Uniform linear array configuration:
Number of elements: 48
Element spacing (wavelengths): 1
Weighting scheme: exponential
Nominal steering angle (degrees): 15
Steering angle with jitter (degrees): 15.103
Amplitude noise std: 0.05
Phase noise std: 0.05

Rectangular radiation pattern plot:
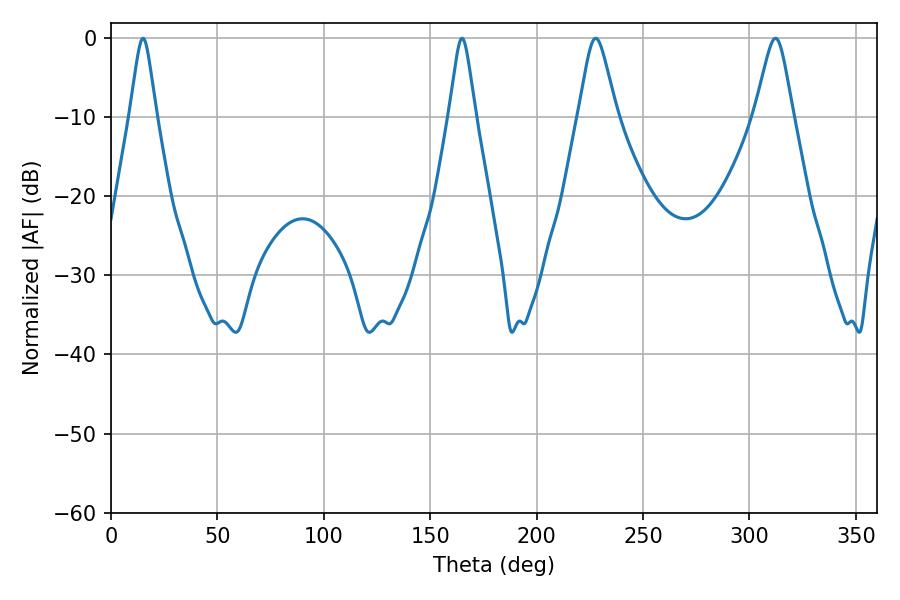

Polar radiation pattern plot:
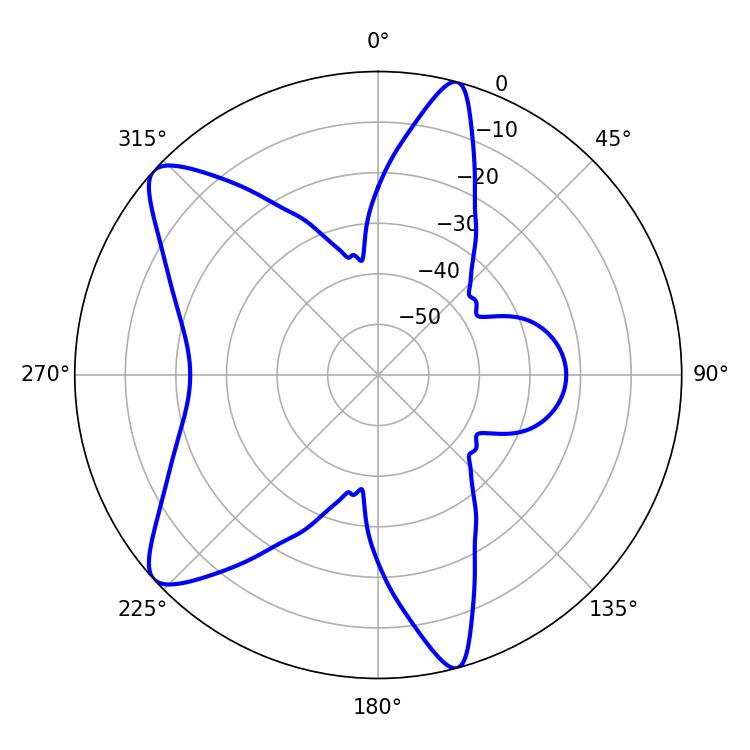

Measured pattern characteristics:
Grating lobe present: TRUE
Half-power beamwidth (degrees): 8.46
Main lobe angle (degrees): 227.7